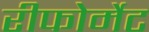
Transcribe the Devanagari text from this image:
रीफोर्मेट